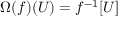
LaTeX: \Omega ( f ) ( U ) = f ^ { - 1 } [ U ]